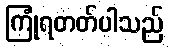
ကြုံရတတ်ပါသည်